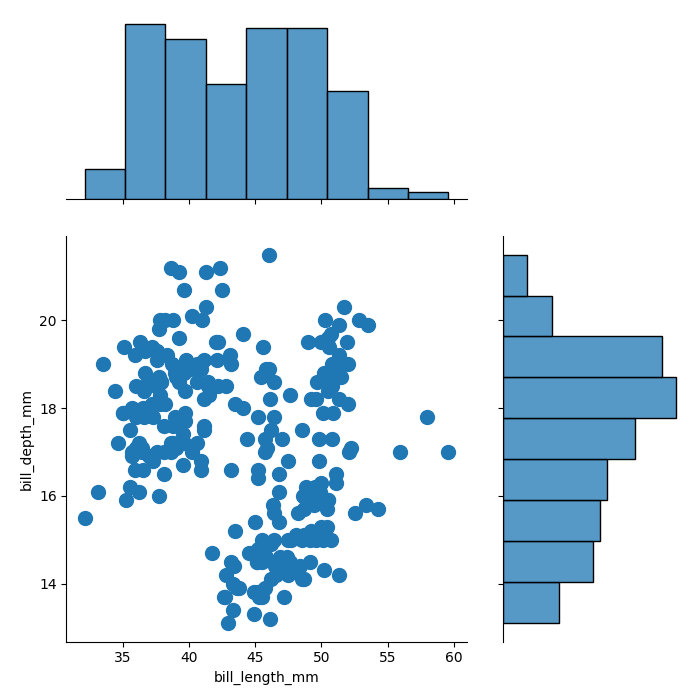
python, seaborn, jointplot, kind='scatter', height='7', ratio='2', marginal_ticks='False'